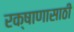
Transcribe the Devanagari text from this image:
रक्षाणासाठी